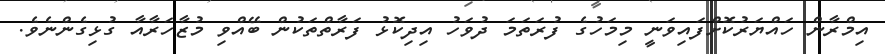
އިމްރާން ހައްޔަރުކޮށްފައިވަނީ މިމަހުގެ ފުރަތަމަ ދުވަހު އިދިކޮޅު ފަރާތްތަކުން ބޭއްވި މުޒާހަރާއާ ގުޅިގެންނެވެ.